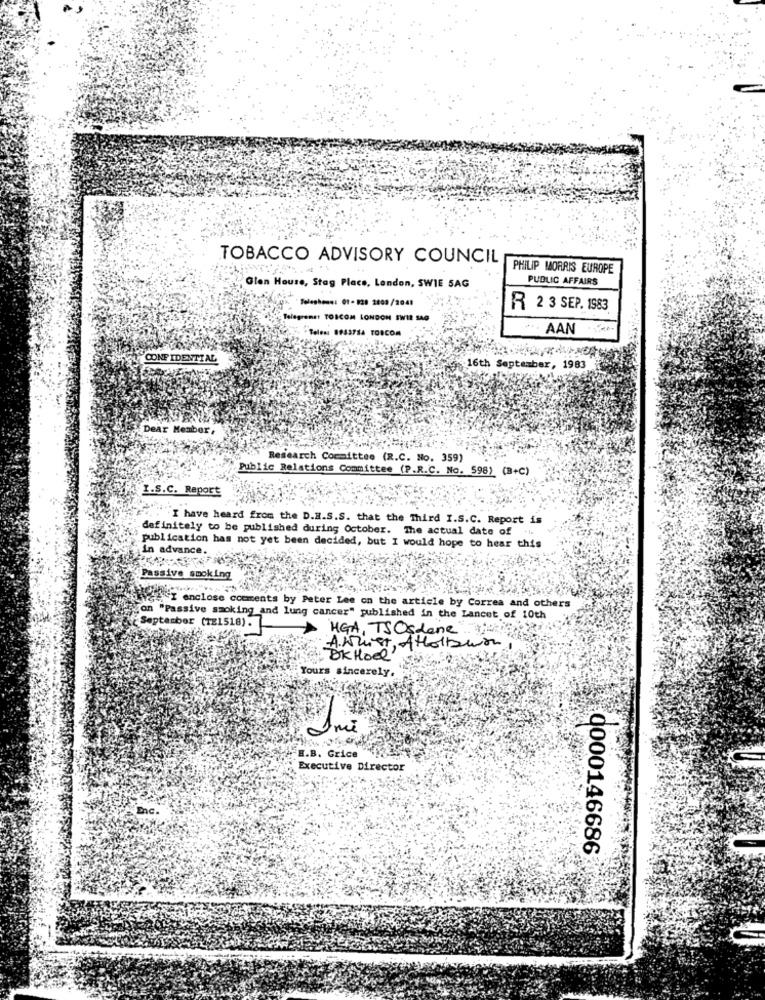
TOBACCO ADVISORY COUNCIL
PHILIP MORRIS EUROPE
PUBLIC AFFAIRS
Glen House, Stag Place, London, SWIE SAG
"Telephone: 01- 838 2809/2041
R 2 3 SEP. 1583
Telegrenst TOSCON LONDON SWI2 SAO
5. - Telen: 0943714 FORCOM
AAN
CONFIDENTIAL
16th September, 1983
Dear Member,
Research Committee (R.C. No. 359)
Public Relations Committee (P.R.C. No. 598) (B+C)
L.S.C. Report
I have heard from the D.H.S.S. that the Third I.S.C. Report is
definitely to be published during October. The actual date of .i.
publication has not yet been decided, but I would hope to hear this
in advance.
Passive smoking
Wc "I enclose comments by Peter Lee on the article by Correa and others
on "Passive smoking and lung cancer" published in the Lancet of 10th
September (121518).
HGA, TSOsdene
ANDist, Attolbuon
OK Holl
Yours sincerely.
H.B. Grice
Executive Director
0000146686